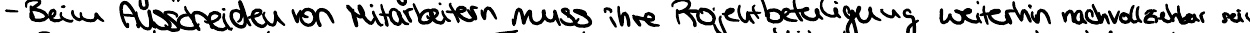
- Beim Ausschneiden von Mitarbeitern muss ihre Projektbeteiligung weiterhin nachvollziehbar sein